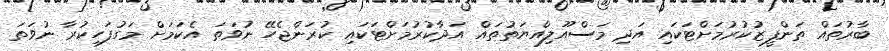
ބާރުތައް ތަންފީޒުކުރުމަށްޓަކައި އަދި މަސްއޫލިއްޔަތުތައް އަދާކުރުމަށްޓަކައި ކުރަންޖެހޭ ނުވަތަ އެކަމަށް މަގުފަހިކުރާ ނުވަތަ